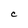
Character: C